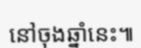
នៅចុងឆ្នាំនេះ៕